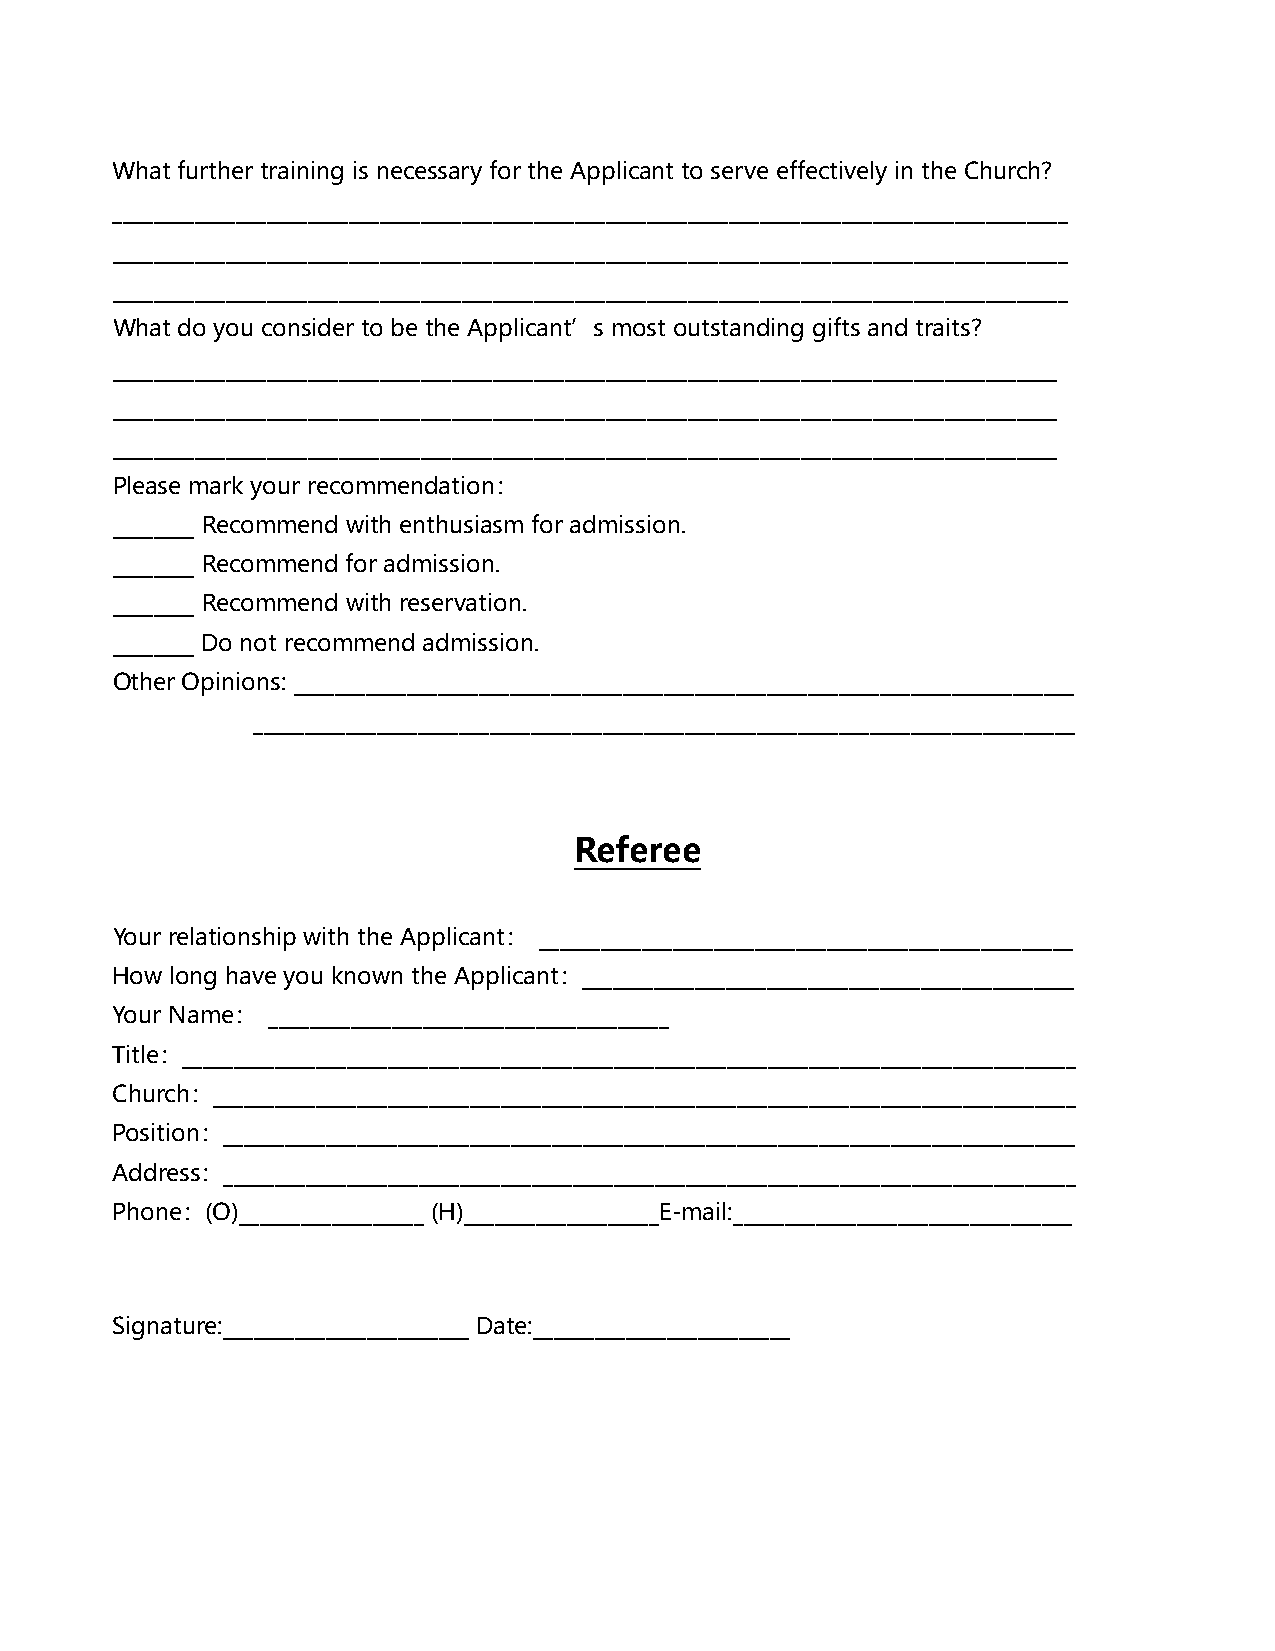
What further training is necessary for the Applicant to serve effectively in the Church?
 _____________________________________________________________________________________________
 _____________________________________________________________________________________________
 _____________________________________________________________________________________________
 What do you consider to be the Applicant’s most outstanding gifts and traits?
 ____________________________________________________________________________________________
 ____________________________________________________________________________________________
 ____________________________________________________________________________________________
 Please mark your recommendation：
 ________ Recommend with enthusiasm for admission.
 ________ Recommend for admission.
 ________ Recommend with reservation.
 ________ Do not recommend admission.
 Other Opinions: ____________________________________________________________________________
 ________________________________________________________________________________
 Referee
 Your relationship with the Applicant： ____________________________________________________
 How long have you known the Applicant：________________________________________________
 Your Name： _______________________________________
 Title：_______________________________________________________________________________________
 Church：____________________________________________________________________________________
 Position：___________________________________________________________________________________
 Address：___________________________________________________________________________________
 Phone：(O)__________________ (H)___________________E-mail:_________________________________
 Signature:________________________ Date:_________________________